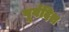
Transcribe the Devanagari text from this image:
पूर्वदिश